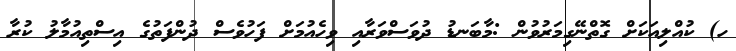
ހ) ކުއްލިއަކަށް ގޮތްނޭގިމަރުވުން :މާބަނޑު ދުވަސްވަރާއި ވިހެއުމަށް ފަހުވެސް ދުންފަތުގެ އިސްތިއުމާލު ކުރާ